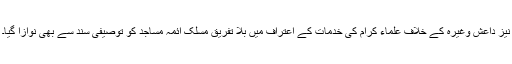
نیز داعش وغیرہ کے خلاف علماء کرام کی خدمات کے اعتراف میں بلا تفریق مسلک ائمہ مساجد کو توصیفی سند سے بھی نوازا گیا۔